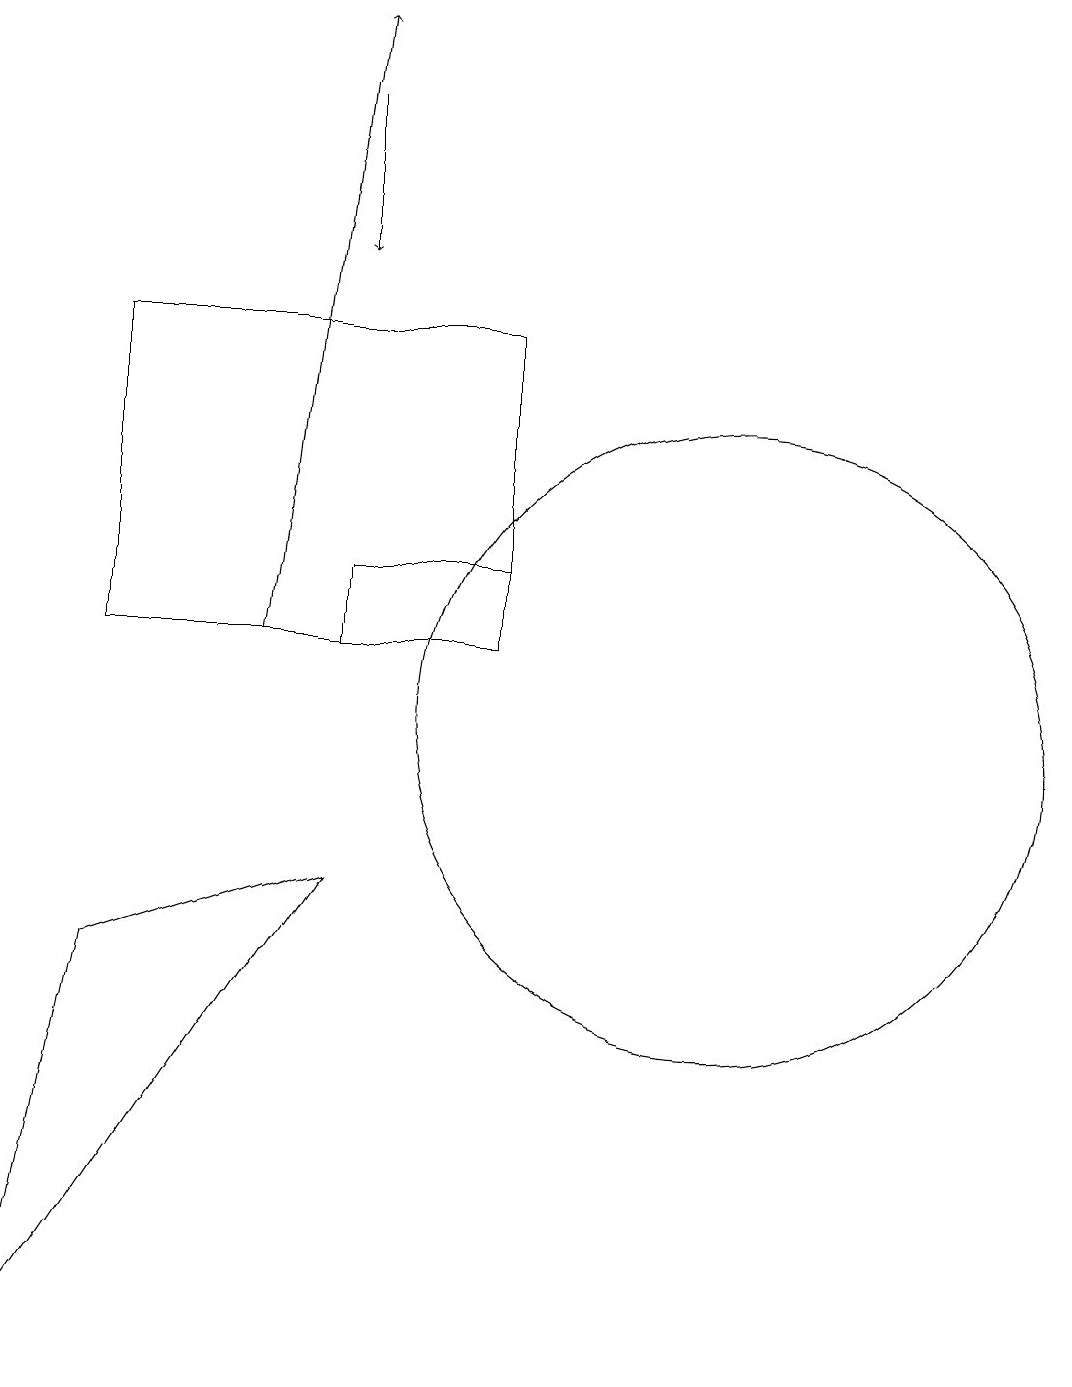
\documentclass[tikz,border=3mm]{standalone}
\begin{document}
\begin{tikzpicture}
\draw (5,8) -- (1,2) -- (2,7) -- cycle;
\draw (10,10) circle (4);
\draw (7,15) rectangle (2,11);
\draw[->] (4,11) -- (5,19);
\draw (5,11) rectangle (7,12);
\draw[->] (5,18) -- (5,16);
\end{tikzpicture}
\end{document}